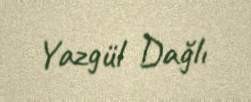
Yazgül Dağlı